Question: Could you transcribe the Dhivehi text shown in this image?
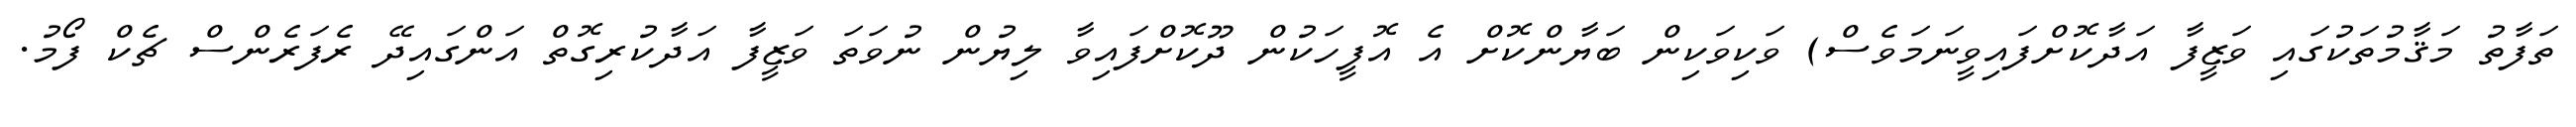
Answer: ތަފާތު މަޤާމުތަކުގައި ވަޒީފާ އަދާކޮށްފައިވީނަމަވެސް) ވަކިވަކިން ބަޔާންކޮށް އެ އޮފީހަކުން ދޫކޮށްފައިވާ ލިޔުން ނުވަތަ ވަޒީފާ އަދާކުރިގޮތް އަންގައިދޭ ރެފަރެންސް ޗެކް ފޯމު.